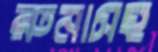
রুনাসহ